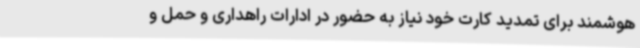
هوشمند برای تمدید کارت خود نیاز به حضور در ادارات راهداری و حمل و